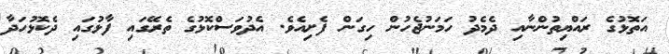
އަތޮޅުގެ ރައްޔިތުންނާއި ދެމެދު ހަމަނުޖެހުން ހިގަން ފެށިއެވެ. އެދުވަސްކޮޅުގެ ތެރޭގައި ފާޅުގައި ދެކޮޅުހަދާ